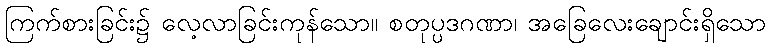
ကြက်စားခြင်း၌ လေ့လာခြင်းကုန်သော။ စတုပ္ပဒဂဏာ၊ အခြေလေးချောင်းရှိသော